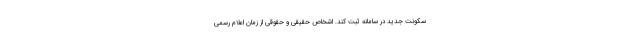
سکونت جدید در سامانه ثبت کند. اشخاص حقیقی و حقوقی از زمان اعلام رسمی